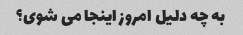
به چه دلیل امروز اینجا می شوی؟